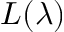
L ( \lambda )